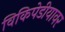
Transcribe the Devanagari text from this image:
विकिपेडीयावर